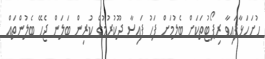
ހުށަހަޅާފައިވާ ރިޕޯޓުތަކަށް ބެލުމަށް ފަހު ފައިސާ ދޫކުރުމުގެ ކުރިން ބަލަން ޖެހޭ ބެލުންތައް